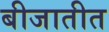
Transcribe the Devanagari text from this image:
बीजातीत